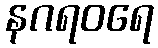
နဂရဝရေ